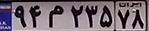
۹۴م۲۳۵۷۸